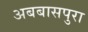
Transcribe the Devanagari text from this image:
अबबासपुरा